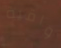
واقية